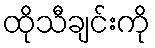
ထိုသီချင်းကို